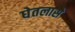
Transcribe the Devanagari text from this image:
घेतलासे